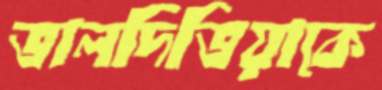
ভালদিভিয়াকে